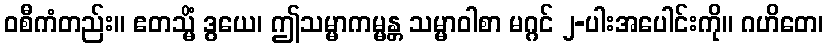
ဝစီကံတည်း။ ဧတသ္မိံ ဒွယေ၊ ဤသမ္မာကမ္မန္တ သမ္မာဝါစာ မဂ္ဂင် ၂-ပါးအပေါင်းကို။ ဂဟိတေ၊